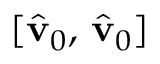
[ \hat { \mathbf { v } } _ { 0 } , \, \hat { \mathbf { v } } _ { 0 } ]